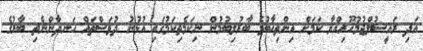
އަދި ރައީސުލްޖުމުހޫރިއްޔާ ކަމަށް އިންތިޚާބުވެ ބާރުލިބުމުން ނިކަމެތިކަމުގައި އުޅުނު ދުވަސްތައް ހަނދާންނެތި ބާރުގެ